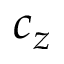
c _ { z }